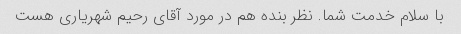
با سلام خدمت شما. نظر بنده هم در مورد آقای رحیم شهریاری هست